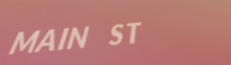
MAIN ST